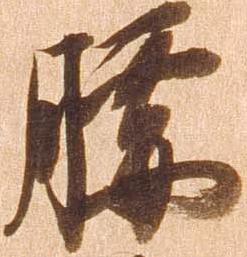
腰